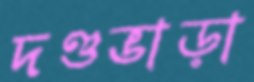
দণ্ডভাড়া